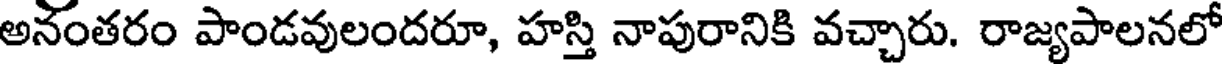
అనంతరం పాండవులందరూ, హస్తి నాపురానికి వచ్చారు. రాజ్యపాలనలో